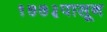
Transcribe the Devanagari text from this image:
१७७३पासून